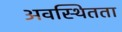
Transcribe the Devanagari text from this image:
अवस्थितता